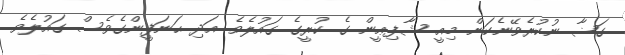
ގަޟާ ނުކުރެވޭނެކަން މިއީ ޝާފިޢީން ގެ ކުރީގެ ގައުލެވެ. އަދި ޙަނަފީންގެވެސް ގައުލެވެ.